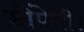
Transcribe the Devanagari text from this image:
सौंपेगी।